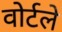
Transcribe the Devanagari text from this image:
वोर्टले